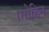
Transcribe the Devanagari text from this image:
।मोहित